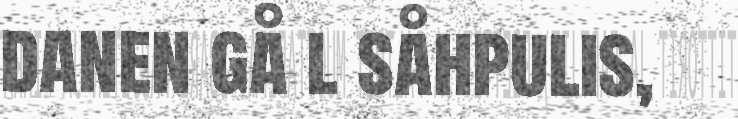
danen gå l såhpulis,